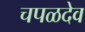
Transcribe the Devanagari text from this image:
चपळदेव